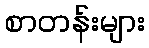
စာတန်းများ